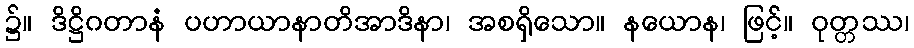
၌။ ဒိဋ္ဌိဂတာနံ ပဟာယာနာတိအာဒိနာ၊ အစရှိသော။ နယောန၊ ဖြင့်။ ဝုတ္တဿ၊